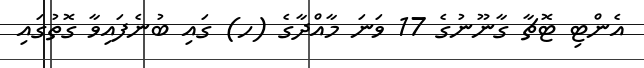
އެންޓި ޓޮޗާ ގާނޫނުގެ 17 ވަނަ މާއްދާގެ (ހ) ގައި ބުނެފައިވާ ގޮތުގައި